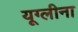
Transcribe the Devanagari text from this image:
यूग्लीना